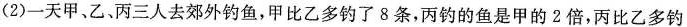
(2)一天甲、乙、丙三人去郊外钓鱼，甲比乙多钓了8条，丙钓的鱼是甲的2倍，丙比乙多钓